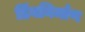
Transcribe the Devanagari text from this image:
डिंबनिर्माण